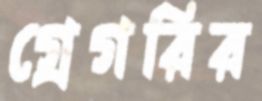
গ্রেগরির